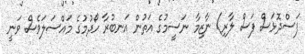
ފަސްދޮޅަސް ފަސް ލާރި) ނާޒިމާ ނަސީމުގެ އަތުން އަނބުރާ ހޯދުމުގެ މައްސަލަވެސް ވަނީ